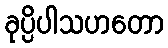
ခုပ္ပိပါသဟတော